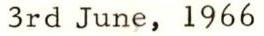
3rd June, 1966